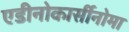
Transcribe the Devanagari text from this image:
एडीनोकार्सीनोमा